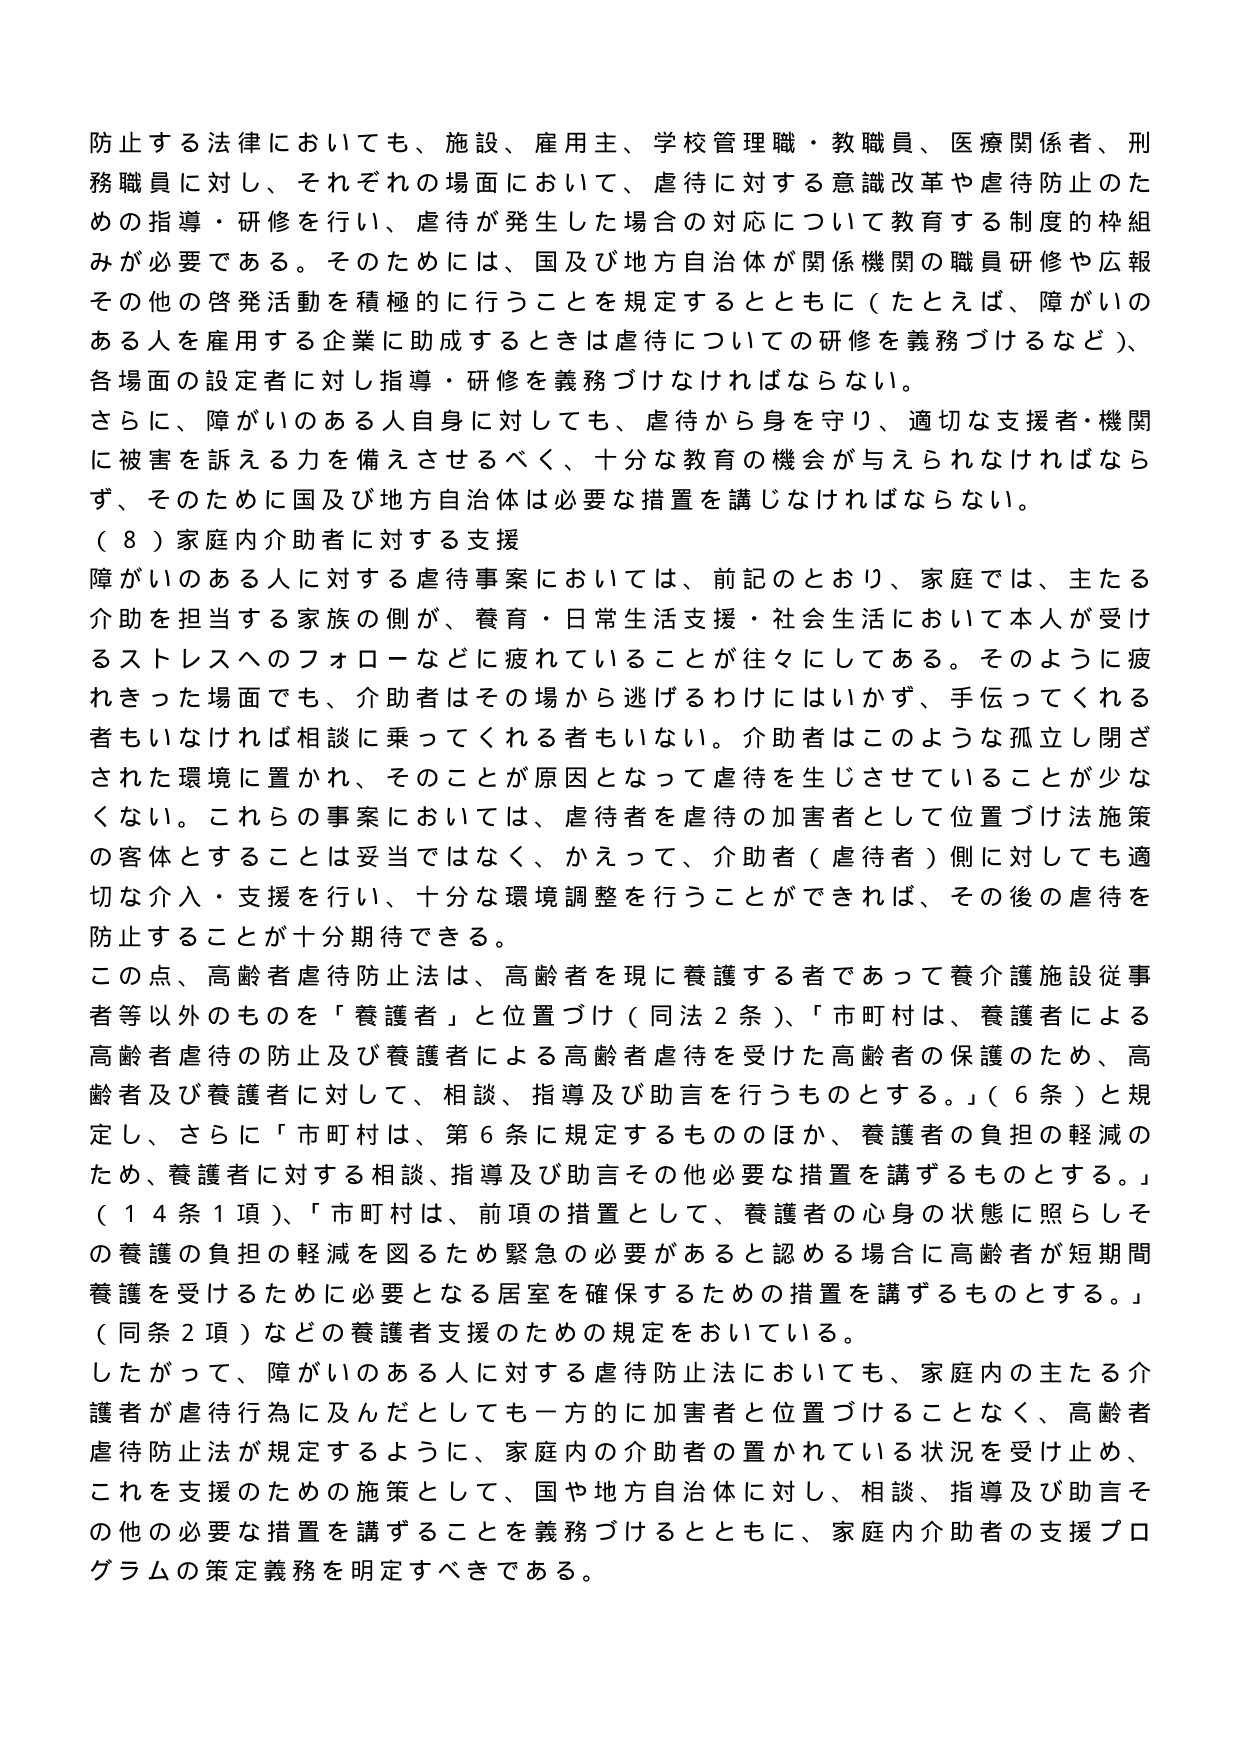
防止する法律においても、施設、雇用主、学校管理職・教職員、医療関係者、刑務職員に対し、それぞれの場面において、虐待に対する意識改革や虐待防止のための指導・研修を行い、虐待が発生した場合の対応について教育する制度的枠組みが必要である。そのためには、国及び地方自治体が関係機関の職員研修や広報その他の啓発活動を積極的に行うことを規定するとともに（たとえば、障がいのある人を雇用する企業に助成するときは虐待についての研修を義務づけるなど）、各場面の設定者に対し指導・研修を義務づけなければならない。

さらに、障がいのある人自身に対しても、虐待から身を守り、適切な支援者・機関に被害を訴える力を備えさせるべく、十分な教育の機会が与えられなければならない、そのために国及び地方自治体は必要な措置を講じなければならない。

（８）家庭内介助者に対する支援

障がいのある人に対する虐待事案においては、前記のとおり、家庭では、主たる介助を担当する家族の側が、養育・日常生活支援・社会生活において本人が受けるストレスへのフォローなどに疲れていることが往々にしてある。そのように疲れきった場面でも、介助者はその場から逃げるわけにはいかず、手伝ってくれる者もいなければ相談に乗ってくれる者もいない。介助者はこのような孤立し閉ざされた環境に置かれ、そのことが原因となって虐待を生じさせていることが少なくない。これらの事案においては、虐待者を虐待の加害者として位置づけ法施策の客体とすることは妥当ではなく、かえって、介助者（虐待者）側に対しても適切な介入・支援を行い、十分な環境調整を行うことができれば、その後の虐待を防止することが十分期待できる。

この点、高齢者虐待防止法は、高齢者を現に養護する者であって養介護施設従事者等以外のものを「養護者」と位置づけ（同法２条）、「市町村は、養護者による高齢者虐待の防止及び養護者による高齢者虐待を受けた高齢者の保護のため、高齢者及び養護者に対して、相談、指導及び助言を行うものとする。」（６条）と規定し、さらに「市町村は、第６条に規定するもののほか、養護者の負担の軽減のため、養護者に対する相談、指導及び助言その他必要な措置を講ずるものとする。」（１４条１項）、「市町村は、前項の措置として、養護者の心身の状態に照らしその養護の負担の軽減を図るため緊急の必要があると認める場合に高齢者が短期間養護を受けるために必要となる居室を確保するための措置を講ずるものとする。」（同条２項）などの養護者支援のための規定をおいている。

したがって、障がいのある人に対する虐待防止法においても、家庭内の主たる介護者が虐待行為に及んだとしても一方的に加害者と位置づけることなく、高齢者虐待防止法が規定するように、家庭内の介助者の置かれている状況を受け止め、これを支援のための施策として、国や地方自治体に対し、相談、指導及び助言その他の必要な措置を講ずることを義務づけるとともに、家庭内介助者の支援プログラムの策定義務を明定すべきである。